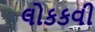
લોકકવી